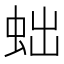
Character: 䖦